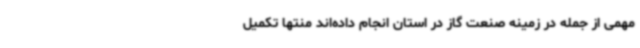
مهمی از جمله در زمینه صنعت گاز در استان انجام داده‌اند منتها تکمیل